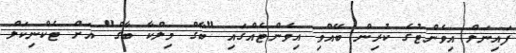
ފައިނަލް އިވެންޓުގެ ކުރިން ބޭއްވި އިވެންޓެއްގައި "ބާގް މިލްކާ ބާގް" އަށް ޓެކްނިކަލް